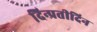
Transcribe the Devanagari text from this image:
दिन्प्रतीदिन